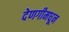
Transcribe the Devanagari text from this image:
देणगीमधून